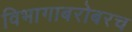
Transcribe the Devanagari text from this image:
विभागाबरोबरच